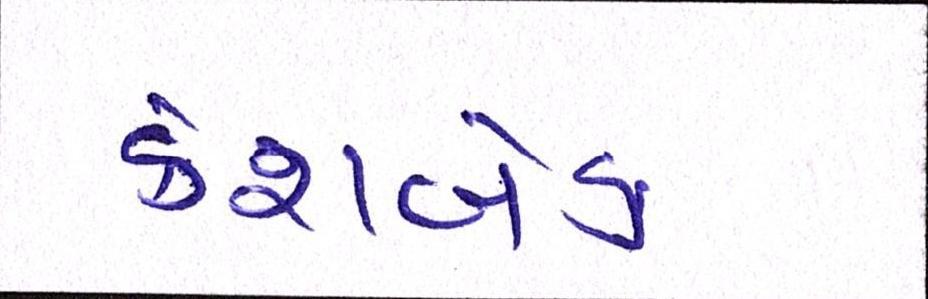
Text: કેશબેક